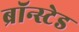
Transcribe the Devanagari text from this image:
ब्रॉन्स्टेड